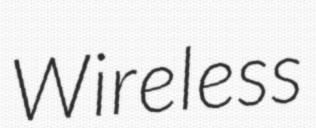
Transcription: Wireless